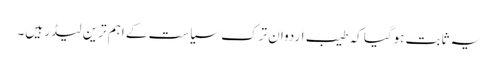
یہ ثابت ہوگیا کہ طیب اردوان ترک سیاست کے اہم ترین لیڈر ہیں۔